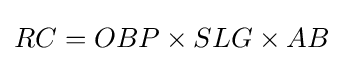
RC=OBP\times SLG\times AB